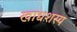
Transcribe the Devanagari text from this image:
खाद्यशस्य